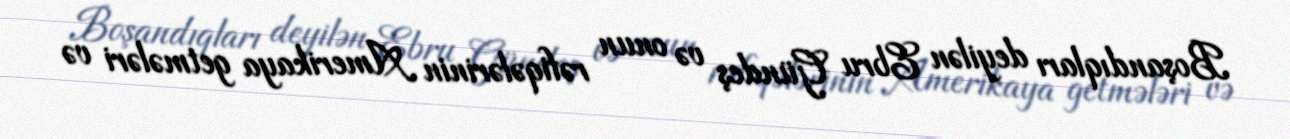
Boşandıqları deyilən Ebru Gündeş və onun rəfiqələrinin Amerikaya getmələri və